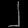
Digit: ၂